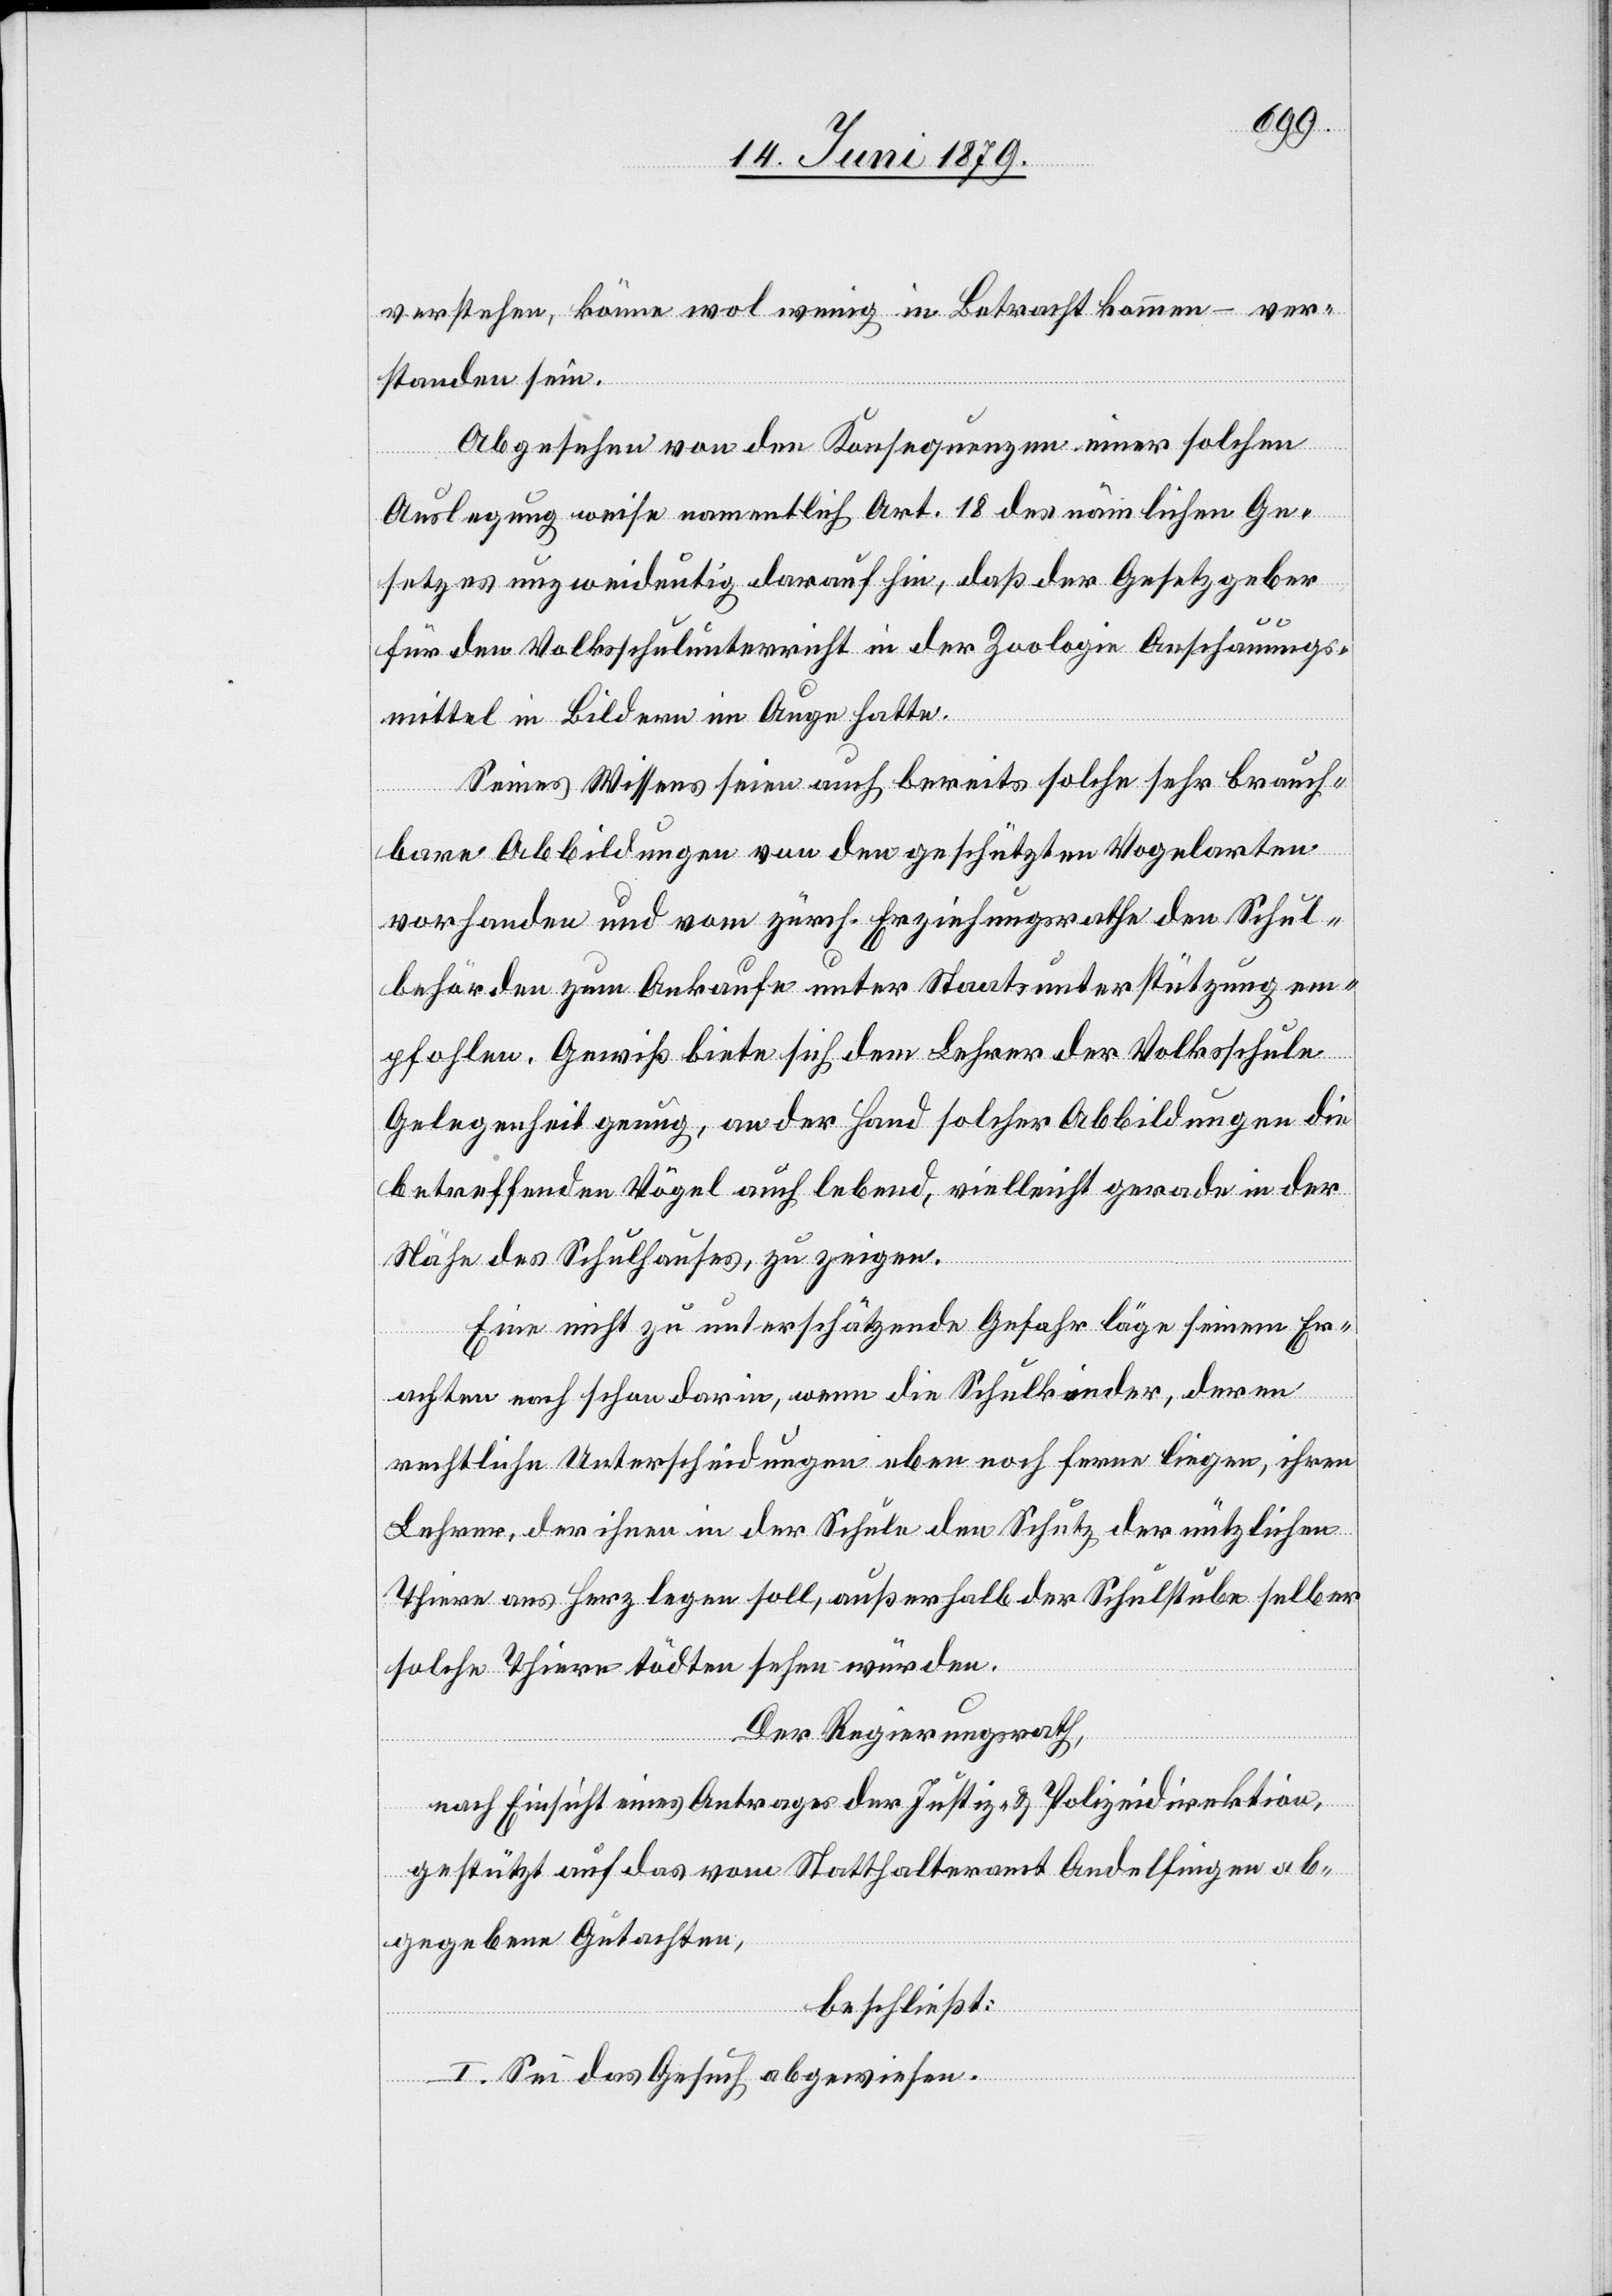
verstehen, könne wol wenig in Betracht kommen – ver¬
standen sei[e]n.
Abgesehen von den Konsequenzen einer solchen
Auslegung weise namentlich Art. 18 des nämlichen Ge¬
setzes unzweideutig darauf hin, daß der Gesetzgeber
für den Volksschulunterricht in der Zoologie Anschauungs¬
mittel in Bildern im Auge hatte.
Seines Wissens seien auch bereits solche sehr brauch¬
bare Abbildungen von den geschützten Vogelarten
vorhanden und vom zürch. Erziehungsrathe den Schul¬
behörden zum Ankaufe unter Staatsunterstützung em¬
pfohlen. Gewiß biete sich dem Lehrer der Volksschule
Gelegenheit genug, an der Hand solcher Abbildungen die
betreffenden Vögel auch lebend, vielleicht gerade in der
Nähe des Schulhauses, zu zeigen.
Eine nicht zu unterschätzende Gefahr läge seinem Er¬
achten nach schon darin, wenn die Schulkinder, deren
rechtliche Unterscheidungen eben noch ferne liegen, ihren
Lehrer, der ihnen in der Schule den Schutz der nützlichen
Thiere ans Herz legen soll, außerhalb der Schulstube selber
solche Thiere tödten sehen würden.
Der Regierungsrath,
nach Einsicht eines Antrages der Justiz- & Polizeidirektion,
gestützt auf das vom Statthalteramt Andelfingen ab¬
gegebene Gutachten,
beschließt:
I. Sei das Gesuch abgewiesen.